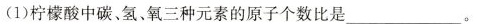
(1)柠檬酸中碳、氢、氧三种元素的原子个数比是___。